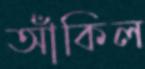
আঁকিল